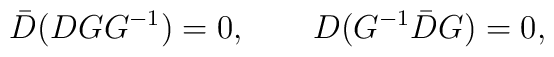
\bar D(DGG^{-1})=0,\qquad D(G^{-1}\bar DG)=0,